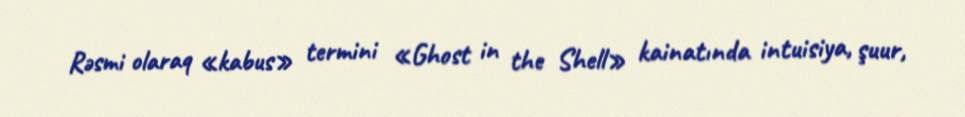
Rəsmi olaraq «kabus» termini «Ghost in the Shell» kainatında intuisiya, şuur,